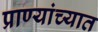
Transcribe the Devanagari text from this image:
प्राण्यांच्यात